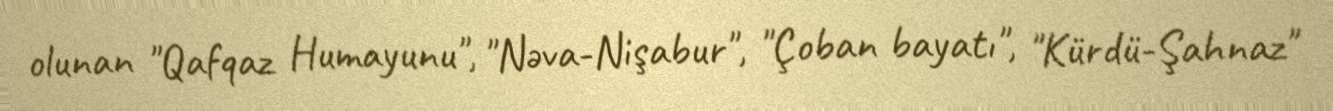
olunan "Qafqaz Humayunu", "Nəva-Nişabur", "Çoban bayatı", "Kürdü-Şahnaz"